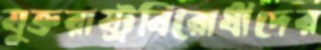
যুক্তরাষ্ট্রবিরোধীদের